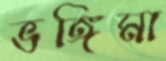
ভঙ্গিমা